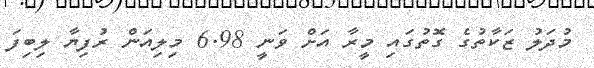
މުދަލު ޒަކާތުގެ ގޮތުގައި މީރާ އަށް ވަނީ 6.98 މިލިއަން ރުފިޔާ ލިބިފަ